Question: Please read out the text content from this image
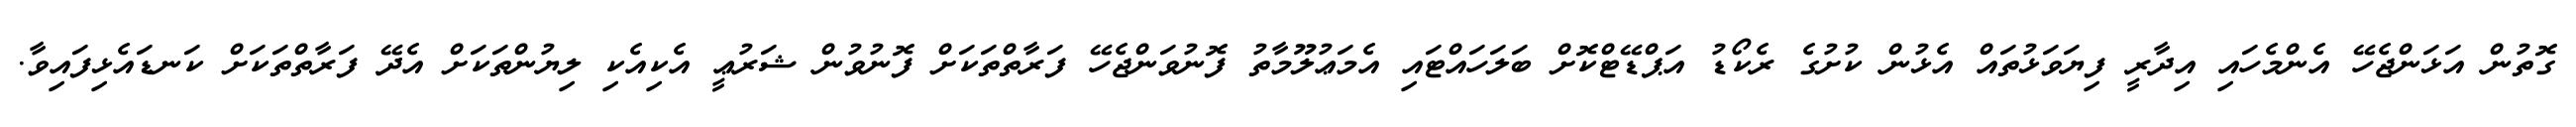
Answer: ގޮތުން އަޅަންޖެހޭ އެންމެހައި އިދާރީ ފިޔަވަޅުތައް އެޅުން ކުށުގެ ރެކޯޑު އަޕްޑޭޓްކޮށް ބަލަހައްޓައި އެމަޢުލޫމާތު ފޮނުވަންޖެހޭ ފަރާތްތަކަށް ފޮނުވުން ޝަރުޢީ އެކިއެކި ލިޔުންތަކަށް އެދޭ ފަރާތްތަކަށް ކަނޑައެޅިފައިވާ.